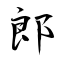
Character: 郎